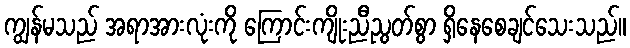
ကျွန်မသည် အရာအားလုံးကို ကြောင်းကျိုးညီညွတ်စွာ ရှိနေစေချင်သေးသည်။